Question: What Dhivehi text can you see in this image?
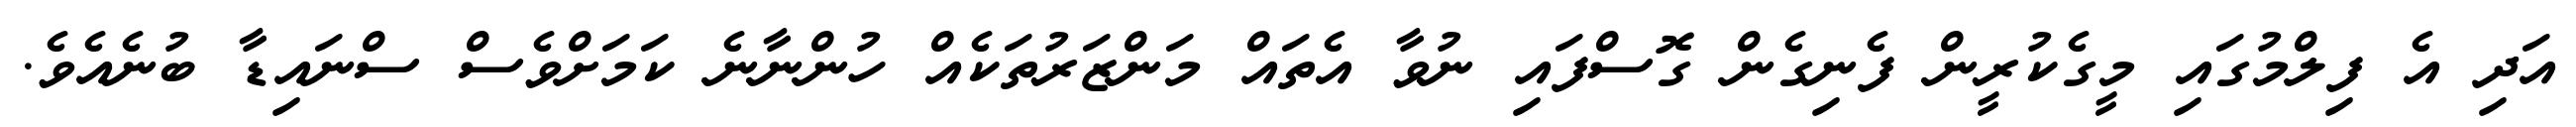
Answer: އަދި އެ ފިލްމުގައި މީގެކުރީން ފެނިގެން ގޮސްފައި ނުވާ އެތައް މަންޒަރުތަކެއް ހުންނާނެ ކަމަށްވެސް ސްނައިޑާ ބުނެއެވެ.